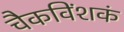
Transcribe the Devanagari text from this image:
चैकविंशकं